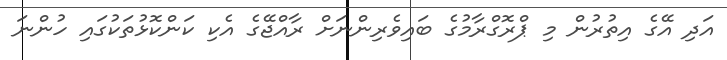
އަދި އޭގެ އިތުރުން މި ޕްރޮގްރާމުގެ ބައިވެރިންނަށް ރާއްޖޭގެ އެކި ކަންކޮޅުތަކުގައި ހުންނަ